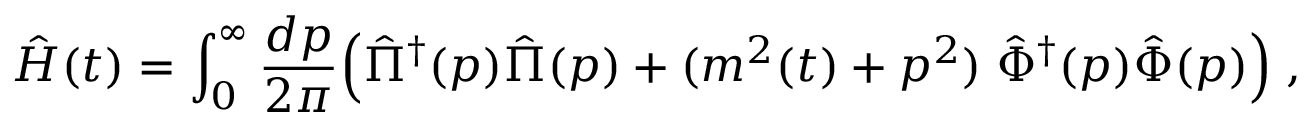
\hat { H } ( t ) = \int _ { 0 } ^ { \infty } { \frac { d p } { 2 \pi } } \Big ( \hat { \Pi } ^ { \dagger } ( p ) \hat { \Pi } ( p ) + ( m ^ { 2 } ( t ) + p ^ { 2 } ) \; \hat { \Phi } ^ { \dagger } ( p ) \hat { \Phi } ( p ) \Big ) \; ,